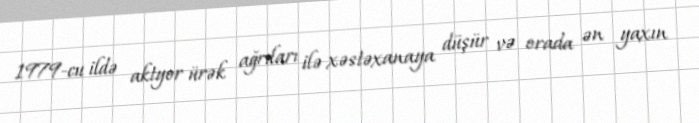
1979-cu ildə aktyor ürək ağrıları ilə xəstəxanaya düşür və orada ən yaxın